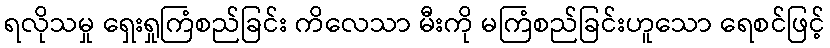
ရလိုသမှု ရှေးရှုကြံစည်ခြင်း ကိလေသာ မီးကို မကြံစည်ခြင်းဟူသော ရေစင်ဖြင့်